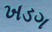
ખડગ